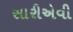
સારીએવી